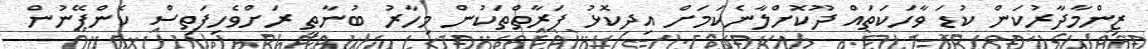
ޒިންމާދާރުކަން ކުޑަ ވާހަކަތައް ދޫކޮށްލާނެކަމަށް އިދިކޮޅު ފަރާތްތަކުން މިހާރު ބުނާތީ ރަށްވެހިފަތިސް ކެންޕޭނުން